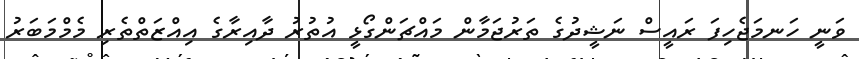
ވަނީ ހަނމަޖެހިފަ ރައީސް ނަޝީދުގެ ތަރުޖަމާން މައްޗަންގޯޅީ އުތުރު ދާއިރާގެ އިއްޒަތްތެރި މެމްމަބަރު